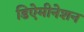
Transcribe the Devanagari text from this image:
डिऐमीनेशन